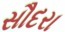
સૌદરા